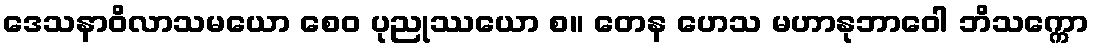
ဒေသနာဝိလာသမယော စေဝ ပုညုဿယော စ။ တေန ဟေသ မဟာနုဘာဝေါ ဘိသက္ကော